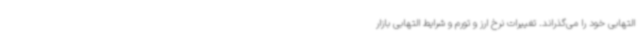
التهابی خود را می‌گذراند. تغییرات نرخ ارز و تورم و شرایط التهابی بازار